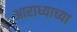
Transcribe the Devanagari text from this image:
आराध्याच्या